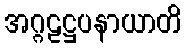
အဂ္ဂဠဋ္ဌပနာယာတိ